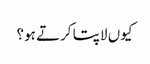
کیوں لاپتا کرتے ہو؟